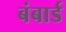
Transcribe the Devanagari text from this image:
बंबार्ड